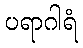
ပရာဂါရံ